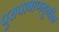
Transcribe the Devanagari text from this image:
पुरापाषाणयुगीन